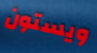
ويستون